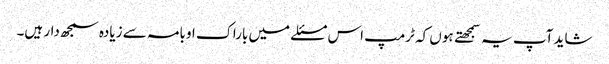
شاید آپ یہ سمجهتے ہوں کہ ٹرمپ اس مسئلے میں باراک اوبامہ سے زیادہ سمجھ دار ہیں۔